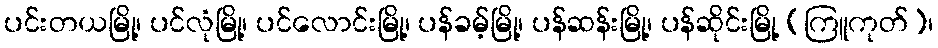
ပင်းတယမြို့၊ ပင်လုံမြို့၊ ပင်လောင်းမြို့၊ ပန်ခမ့်မြို့၊ ပန်ဆန်းမြို့၊ ပန်ဆိုင်းမြို့ (ကြူကုတ်)၊